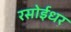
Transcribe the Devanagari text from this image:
रसोईधर